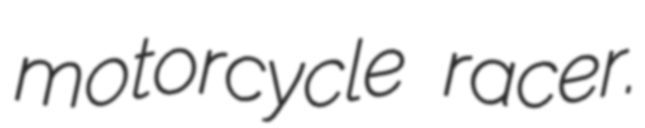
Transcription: motorcycle racer.